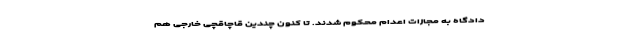
دادگاه به مجازات اعدام محکوم شدند. تا کنون چندین قاچاقچی خارجی هم